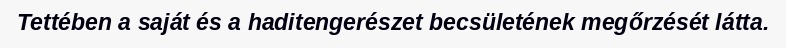
Tettében a saját és a haditengerészet becsületének megőrzését látta.